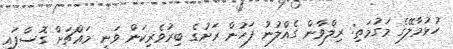
ހުޅުމާލޭގެ މަގުމަތި: ރިލްވާން ގެއްލުނު ފަހުން ރަށުގެ ބިރުވެރިކަން ވަނީ މައްޗަށް ގޮސްފައި